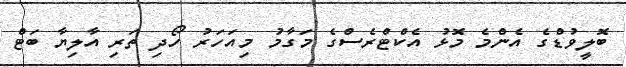
ބޮލީވުޑްގެ އެންމެ މޮޅު އެކްޓްރެސްގެ މަގާމު މިއަހަރު ހޯދި ތަރި އާލިޔާ ބަޓް